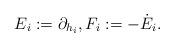
LaTeX: \begin{align*}E_i:=\partial_{h_i}, F_i := -\dot{E}_i.\end{align*}